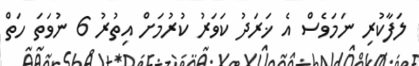
ލަފާކުރި ނަމަވެސް އެ ޚަރަދު ކަވަރު ކުރުމަށް އިތުރު 6 ނުވަތަ ހަތް